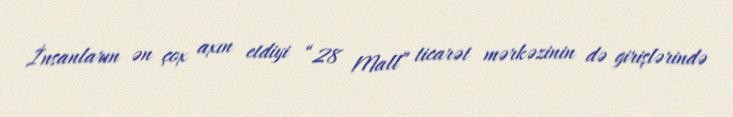
İnsanların ən çox axın etdiyi “28 Mall” ticarət mərkəzinin də girişlərində